Senior Leaving Certificate Examination (including Day School Certificate (Higher) General paper), 1949
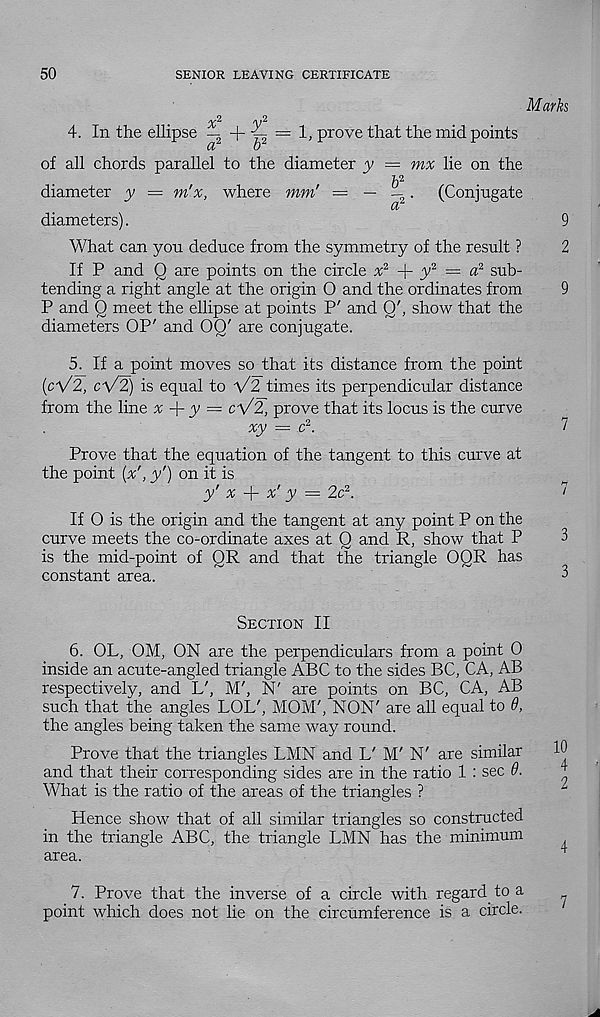
50
SENIOR LEAVING CERTIFICATE
✓V
4. In the ellipse — +
prove that the mid points
a
o
of all chords parallel to the diameter y = mx lie on the
6 2
diameter y = m'x, where mm' = — — 2 .
(Conjugate
ct
diameters).
What can you deduce from the symmetry of the result ?
If P and Q are points on the circle % 2 + y 2 = a 2 sub-
tending a right angle at the origin 0 and the ordinates from
P and Q meet the ellipse at points P' and Q', show that the
diameters OP' and OQ' are conjugate.
5. If a point moves so that its distance from the point
(cV2, cV2) is equal to V2 times its perpendicular distance
from the line x + y = cV2, prove that its locus is the curve
xy — c 2 .
Prove that the equation of the tangent to this curve at
the point {x', y') on it is
y' x
x' y = 2c 2 .
If 0 is the origin and the tangent at any point P on the
curve meets the co-ordinate axes at Q and R, show that P
is the mid-point of OR and that the triangle OQR has
constant area.
Section II
6. OL, OM, ON are the perpendiculars from a point 0
inside an acute-angled triangle ABC to the sides BC, CA, AB
respectively, and L', M', N' are points on BC, CA, AB
such that the angles LOL', MOM', NON' are all equal to 6,
the angles being taken the same way round.
Prove that the triangles LMN and L' M' N' are similar
and that their corresponding sides are in the ratio 1 : sec 9.
What is the ratio of the areas of the triangles ?
Hence show that of all similar triangles so constructed
in the triangle ABC, the triangle LMN has the minimum
area.
7. Prove that the inverse of a circle with regard to a
point which does not lie on the circumference is a circle.